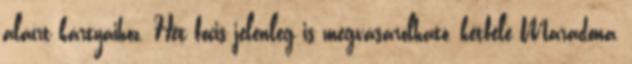
aláírt kártyáihoz. Hét focis jelenleg is megvásárolható, kétféle Maradona,